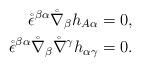
LaTeX: \begin{align*}\mathring{\epsilon}^{\beta\alpha}\mathring{\nabla}_\beta h_{A\alpha}&=0,\\\mathring{\epsilon}^{\beta\alpha} \mathring{\nabla}_{\beta}\mathring{\nabla}^\gamma h_{\alpha\gamma}&=0.\end{align*}